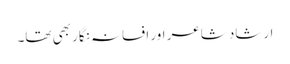
ارشاد شاعر اور افسانہ نگار بھی تھا۔